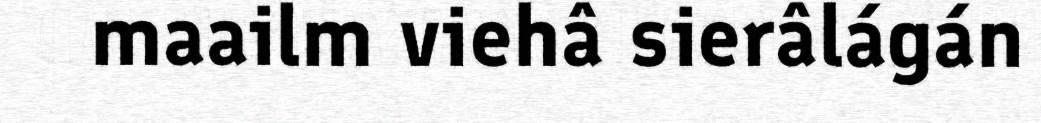
maailm viehâ sierâlágán